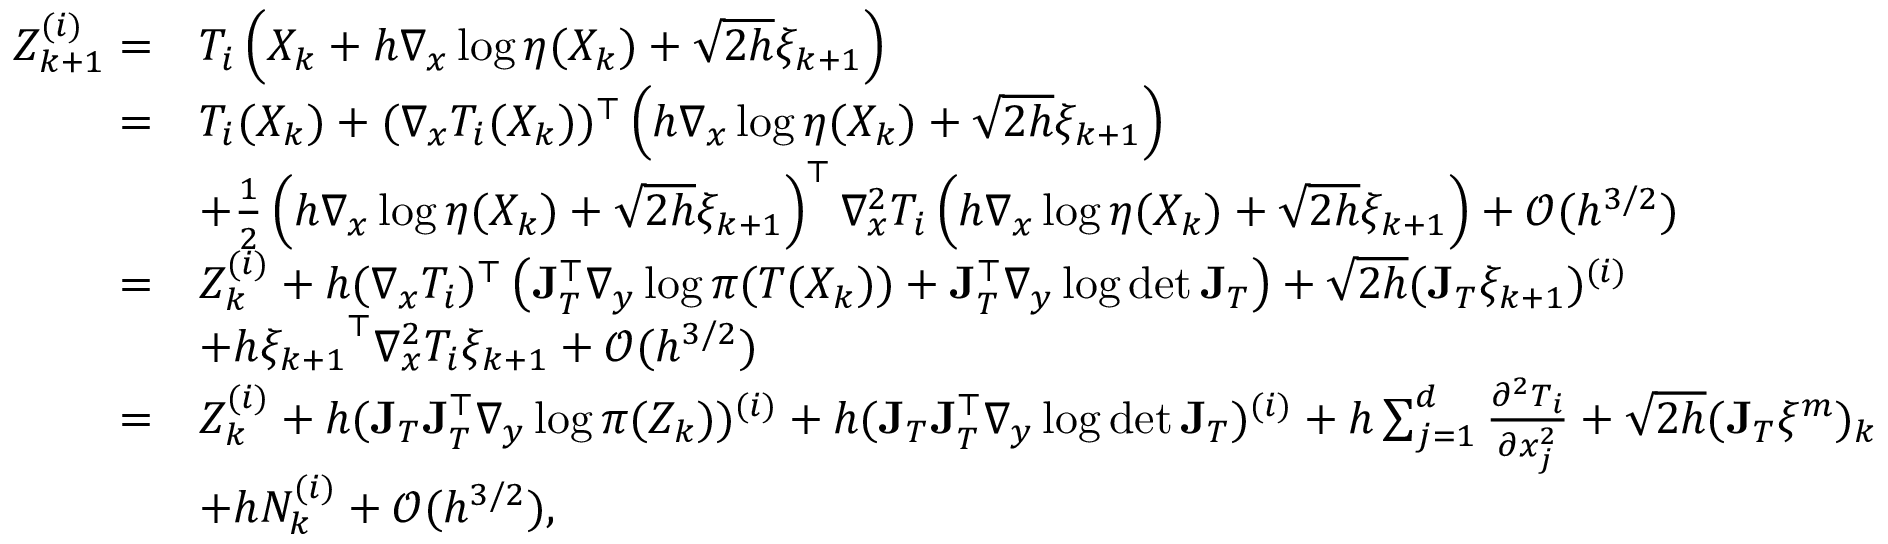
\begin{array} { r l } { Z _ { k + 1 } ^ { ( i ) } = } & { T _ { i } \left( X _ { k } + h \nabla _ { x } \log \eta ( X _ { k } ) + \sqrt { 2 h } \xi _ { k + 1 } \right) } \\ { = } & { T _ { i } ( X _ { k } ) + ( \nabla _ { x } T _ { i } ( X _ { k } ) ) ^ { \top } \left( h \nabla _ { x } \log \eta ( X _ { k } ) + \sqrt { 2 h } \xi _ { k + 1 } \right) } \\ & { + \frac { 1 } { 2 } \left( h \nabla _ { x } \log \eta ( X _ { k } ) + \sqrt { 2 h } \xi _ { k + 1 } \right) ^ { \top } \nabla _ { x } ^ { 2 } T _ { i } \left( h \nabla _ { x } \log \eta ( X _ { k } ) + \sqrt { 2 h } \xi _ { k + 1 } \right) + \mathcal { O } ( h ^ { 3 / 2 } ) } \\ { = } & { Z _ { k } ^ { ( i ) } + h ( \nabla _ { x } T _ { i } ) ^ { \top } \left( \mathbf { J } _ { T } ^ { \top } \nabla _ { y } \log \pi ( T ( X _ { k } ) ) + \mathbf { J } _ { T } ^ { \top } \nabla _ { y } \log \operatorname* { d e t } \mathbf { J } _ { T } \right) + \sqrt { 2 h } ( \mathbf { J } _ { T } \xi _ { k + 1 } ) ^ { ( i ) } } \\ & { + h { \xi _ { k + 1 } } ^ { \top } \nabla _ { x } ^ { 2 } T _ { i } \xi _ { k + 1 } + \mathcal { O } ( h ^ { 3 / 2 } ) } \\ { = } & { Z _ { k } ^ { ( i ) } + h ( \mathbf { J } _ { T } \mathbf { J } _ { T } ^ { \top } \nabla _ { y } \log \pi ( Z _ { k } ) ) ^ { ( i ) } + h ( \mathbf { J } _ { T } \mathbf { J } _ { T } ^ { \top } \nabla _ { y } \log \operatorname* { d e t } \mathbf { J } _ { T } ) ^ { ( i ) } + h \sum _ { j = 1 } ^ { d } \frac { \partial ^ { 2 } T _ { i } } { \partial x _ { j } ^ { 2 } } + \sqrt { 2 h } ( \mathbf { J } _ { T } \xi ^ { m } ) _ { k } } \\ & { + h N _ { k } ^ { ( i ) } + \mathcal { O } ( h ^ { 3 / 2 } ) , } \end{array}